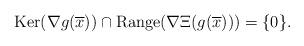
LaTeX: \begin{align*} {\rm Ker}(\nabla g(\overline{x}))\cap{\rm Range}(\nabla\Xi(g(\overline{x})))=\{0\}. \end{align*}